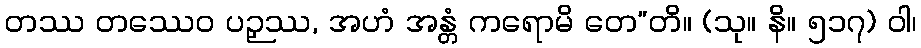
တဿ တဿေဝ ပဉှဿ, အဟံ အန္တံ ကရောမိ တေ”တိ။ (သု။ နိ။ ၅၁၇) ဝါ၊